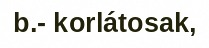
b.- korlátosak,